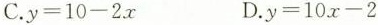
C.$$y=10-2x$$ D.$$y=10x-2$$